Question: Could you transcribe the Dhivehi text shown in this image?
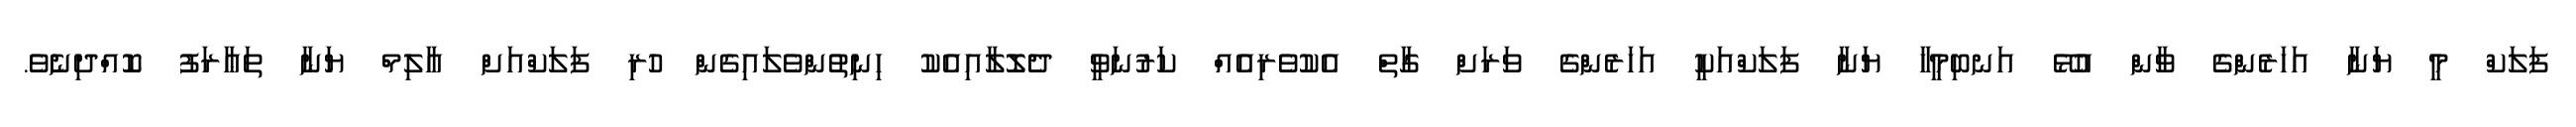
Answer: ފަލަކް މީ ޔަނާ އަހަރެންގެ ވާން އުޅޭ އަނބިމީހާ ޔަނާ ފަލަކްއަކީ އަހަރެންގެ ވަރަށް ގާތް އެކުވެރިއެއް ކަރުނަވީ ދެލޮލާއިއެކު ހިނިތުންވެލައިގެން ހުރި ފަލަކްއަށް އާލިމް ޔަނާ ތަޢާރަފު ކޮއްދިނެވެ.